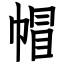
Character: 帽